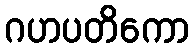
ဂဟပတိကော